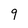
Character: 9